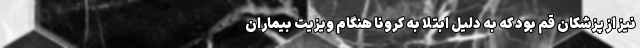
نیز از پزشکان قم بود که به دلیل ابتلا به کرونا هنگام ویزیت بیماران